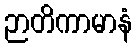
ဉာတိကာမာနံ